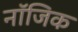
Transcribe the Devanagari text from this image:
नॉजिक